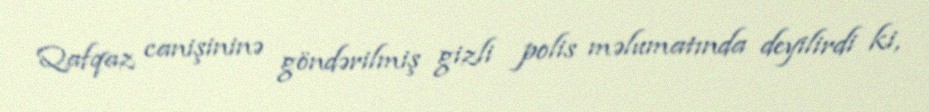
Qafqaz canişininə göndərilmiş gizli polis məlumatında deyilirdi ki,